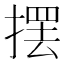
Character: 摆